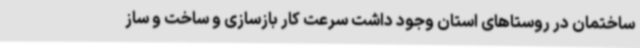
ساختمان در روستاهای استان وجود داشت سرعت کار بازسازی و ساخت و ساز